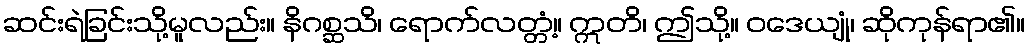
ဆင်းရဲခြင်းသို့မူလည်း။ နိဂစ္ဆသိ၊ ရောက်လတ္တံ့။ ဣတိ၊ ဤသို့။ ဝဒေယျုံ၊ ဆိုကုန်ရာ၏။